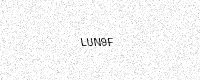
Text: LUN9F